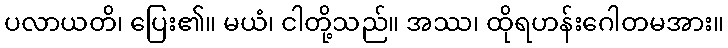
ပလာယတိ၊ ပြေး၏။ မယံ၊ ငါတို့သည်။ အဿ၊ ထိုရဟန်းဂေါတမအား။